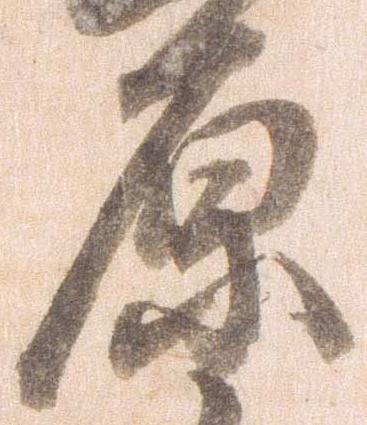
原